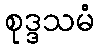
စုဒ္ဒသမံ